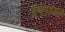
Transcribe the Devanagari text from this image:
चुंबनापासून